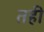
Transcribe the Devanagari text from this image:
तही